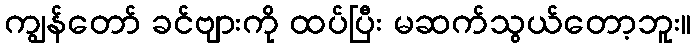
ကျွန်တော် ခင်ဗျားကို ထပ်ပြီး မဆက်သွယ်တော့ဘူး။